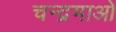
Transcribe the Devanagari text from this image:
चन्द्रमाओ